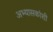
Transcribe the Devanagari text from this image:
अभ्यासकांशी